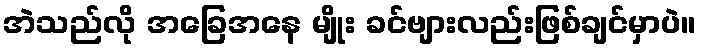
အဲသည်လို အခြေအနေ မျိုး ခင်ဗျားလည်းဖြစ်ချင်မှာပဲ။